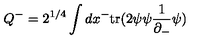
Q ^ { - } = 2 ^ { 1 / 4 } \int d x ^ { - } \mathrm { t r } ( 2 \psi \psi \frac { 1 } { \partial _ { - } } \psi )